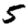
Digit: 5